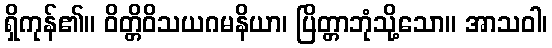
ရှိကုန်၏။ ဝိတ္တိဝိသယဂမနိယာ၊ ပြိတ္တာဘုံသို့သော။ အာသဝါ၊